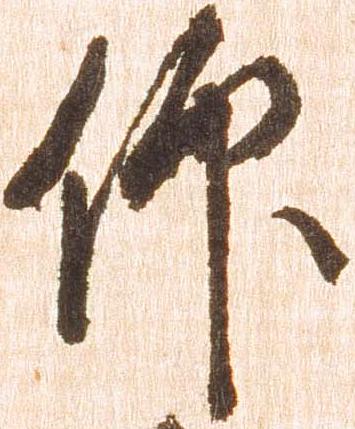
仰